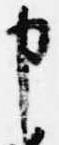
申